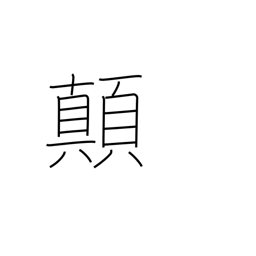
Meaning: overturn